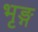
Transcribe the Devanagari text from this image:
भृङ्ग